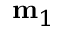
\mathbf { m } _ { 1 }